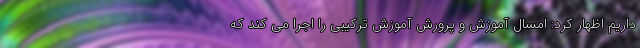
داریم اظهار کرد: امسال آموزش و پرورش آموزش ترکیبی را اجرا می کند که